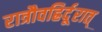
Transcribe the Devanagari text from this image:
रात्रौवह्रिर्दूरात्